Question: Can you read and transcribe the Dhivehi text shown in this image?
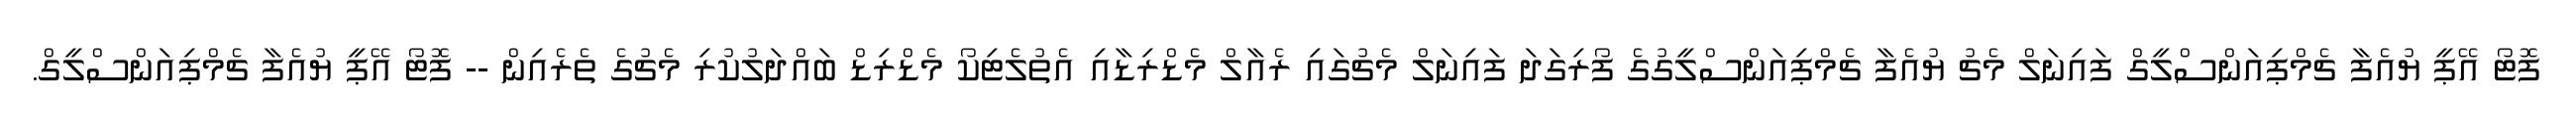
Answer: ފޮޓޯ އޭޕީ ޔުއެފާ ޗެމްޕިއަންސްލީގް ފައިނަލް މެޗު ޔުއެފާ ޗެމްޕިއަންސްލީގުގެ ފޯރިގަދަ ފައިނަލް މެޗުގައި ރެއާލް މެޑްރިޑާއި އެތުލެޓިކޯ މެޑްރިޑް ބައްދަލުކުރި މެޗުގެ ތެރެއިން -- ފޮޓޯ އޭޕީ ޔުއެފާ ޗެމްޕިއަންސްލީގް.